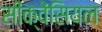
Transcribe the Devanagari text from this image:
सीक्वेंसियल